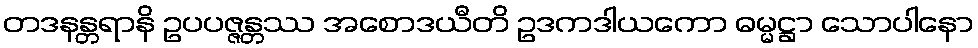
တဒနန္တရာနိ ဥပပဇ္ဇန္တဿ အစောဒယီတိ ဥဒကဒါယကော ဓမ္မဋ္ဌာ သောပါနော